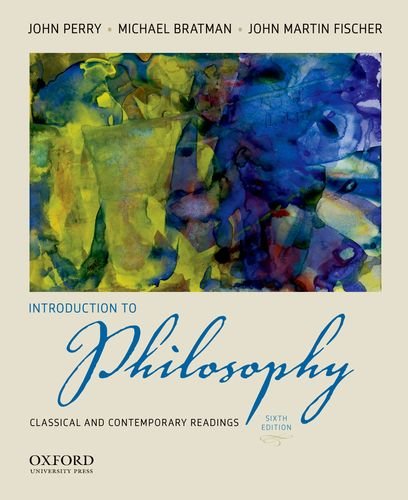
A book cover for Introduction to Philosophy: Classical and Contemporary Readings; John Perry; Politics & Social Sciences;